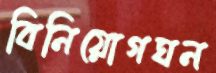
বিনিয়োগঘন